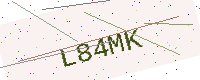
Text: L84MK